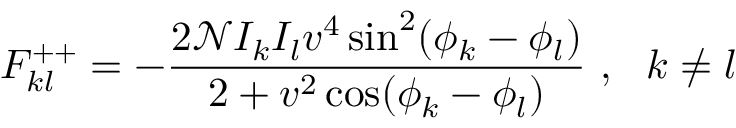
F _ { k l } ^ { + + } = - \frac { 2 \mathcal { N } I _ { k } I _ { l } v ^ { 4 } \sin ^ { 2 } ( \phi _ { k } - \phi _ { l } ) } { 2 + v ^ { 2 } \cos ( \phi _ { k } - \phi _ { l } ) } ~ , ~ ~ k \neq l